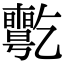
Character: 𠄊